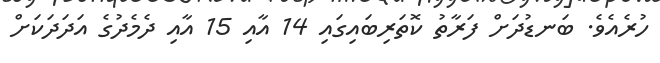
ހުރެއެވެ. ބަނޑުދަށް ފަރާތު ކޮތަރިބައިގައި 14 އާއި 15 އާއި ދެމެދުގެ އަދަދަކަށް